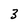
Character: 3